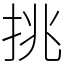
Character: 挑